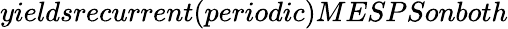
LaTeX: yieldsrecurrent(periodic)MESPSonboth